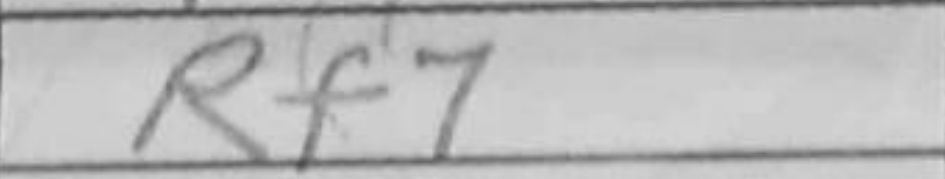
Transcription: Rf7